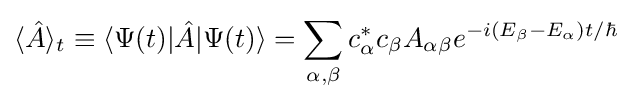
\langle {\hat {A}}\rangle _{t}\equiv \langle \Psi (t)|{\hat {A}}|\Psi (t)\rangle =\sum _{\alpha ,\beta }c_{\alpha }^{*}c_{\beta }A_{\alpha \beta }e^{-i\left(E_{\beta }-E_{\alpha }\right)t/\hbar }